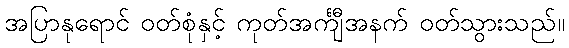
အပြာနုရောင် ဝတ်စုံနှင့် ကုတ်အင်္ကျီအနက် ဝတ်သွားသည်။